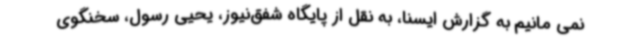
نمی مانیم به گزارش ایسنا، به نقل از پایگاه شفق‌نیوز، یحیی رسول، سخنگوی